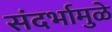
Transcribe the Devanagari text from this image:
संदर्भामुळे